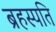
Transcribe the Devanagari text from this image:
ब्रहस्पति